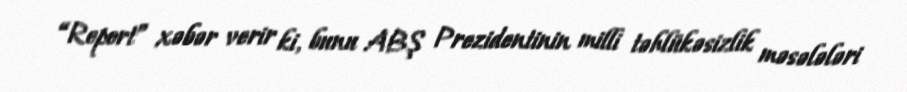
“Report” xəbər verir ki, bunu ABŞ Prezidentinin milli təhlükəsizlik məsələləri